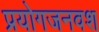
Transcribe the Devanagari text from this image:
प्रयोगजनवश